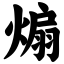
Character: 煽